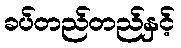
ခပ်တည်တည်နှင့်